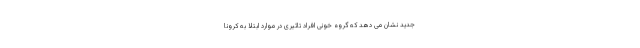
جدید نشان می دهد که گروه خونی افراد تاثیری در موارد ابتلا به کرونا